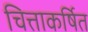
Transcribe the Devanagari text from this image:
चित्ताकर्षित